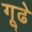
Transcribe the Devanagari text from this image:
गूढे